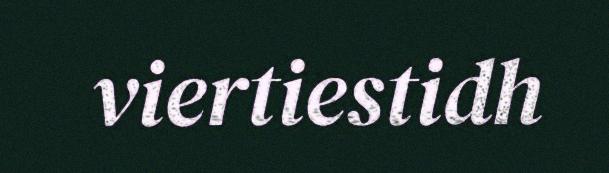
viertiestidh